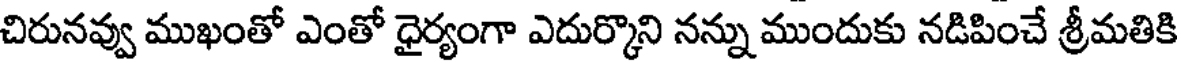
చిరునవ్వు ముఖంతో ఎంతో ధైర్యంగా ఎదుర్కొని నన్ను ముందుకు నడిపించే శ్రీమతికి